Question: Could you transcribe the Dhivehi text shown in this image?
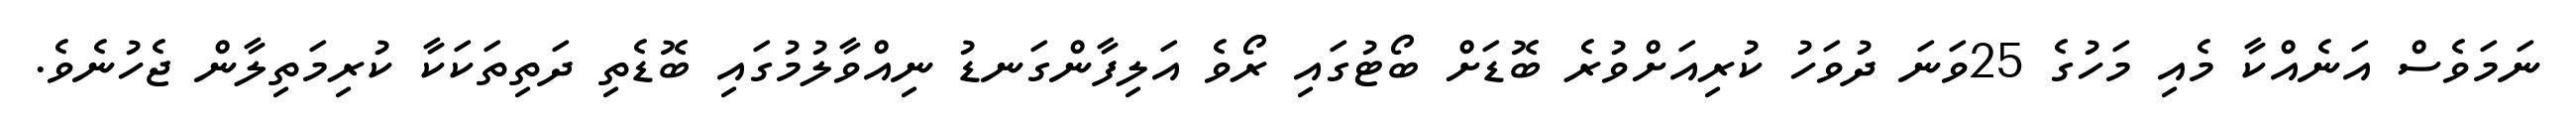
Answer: ނަމަވެސް އަނެއްކާ މެއި މަހުގެ 25ވަނަ ދުވަހު ކުރިއަށްވުރެ ބޮޑަށް ބޯޓުގައި ރޯވެ އަލިފާންގަނޑު ނިއްވާލުމުގައި ބޮޑެތި ދަތިތަކަކާ ކުރިމަތިލާން ޖެހުނެވެ.